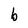
Character: b